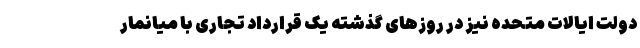
دولت ایالات متحده نیز در روزهای گذشته یک قرارداد تجاری با میانمار